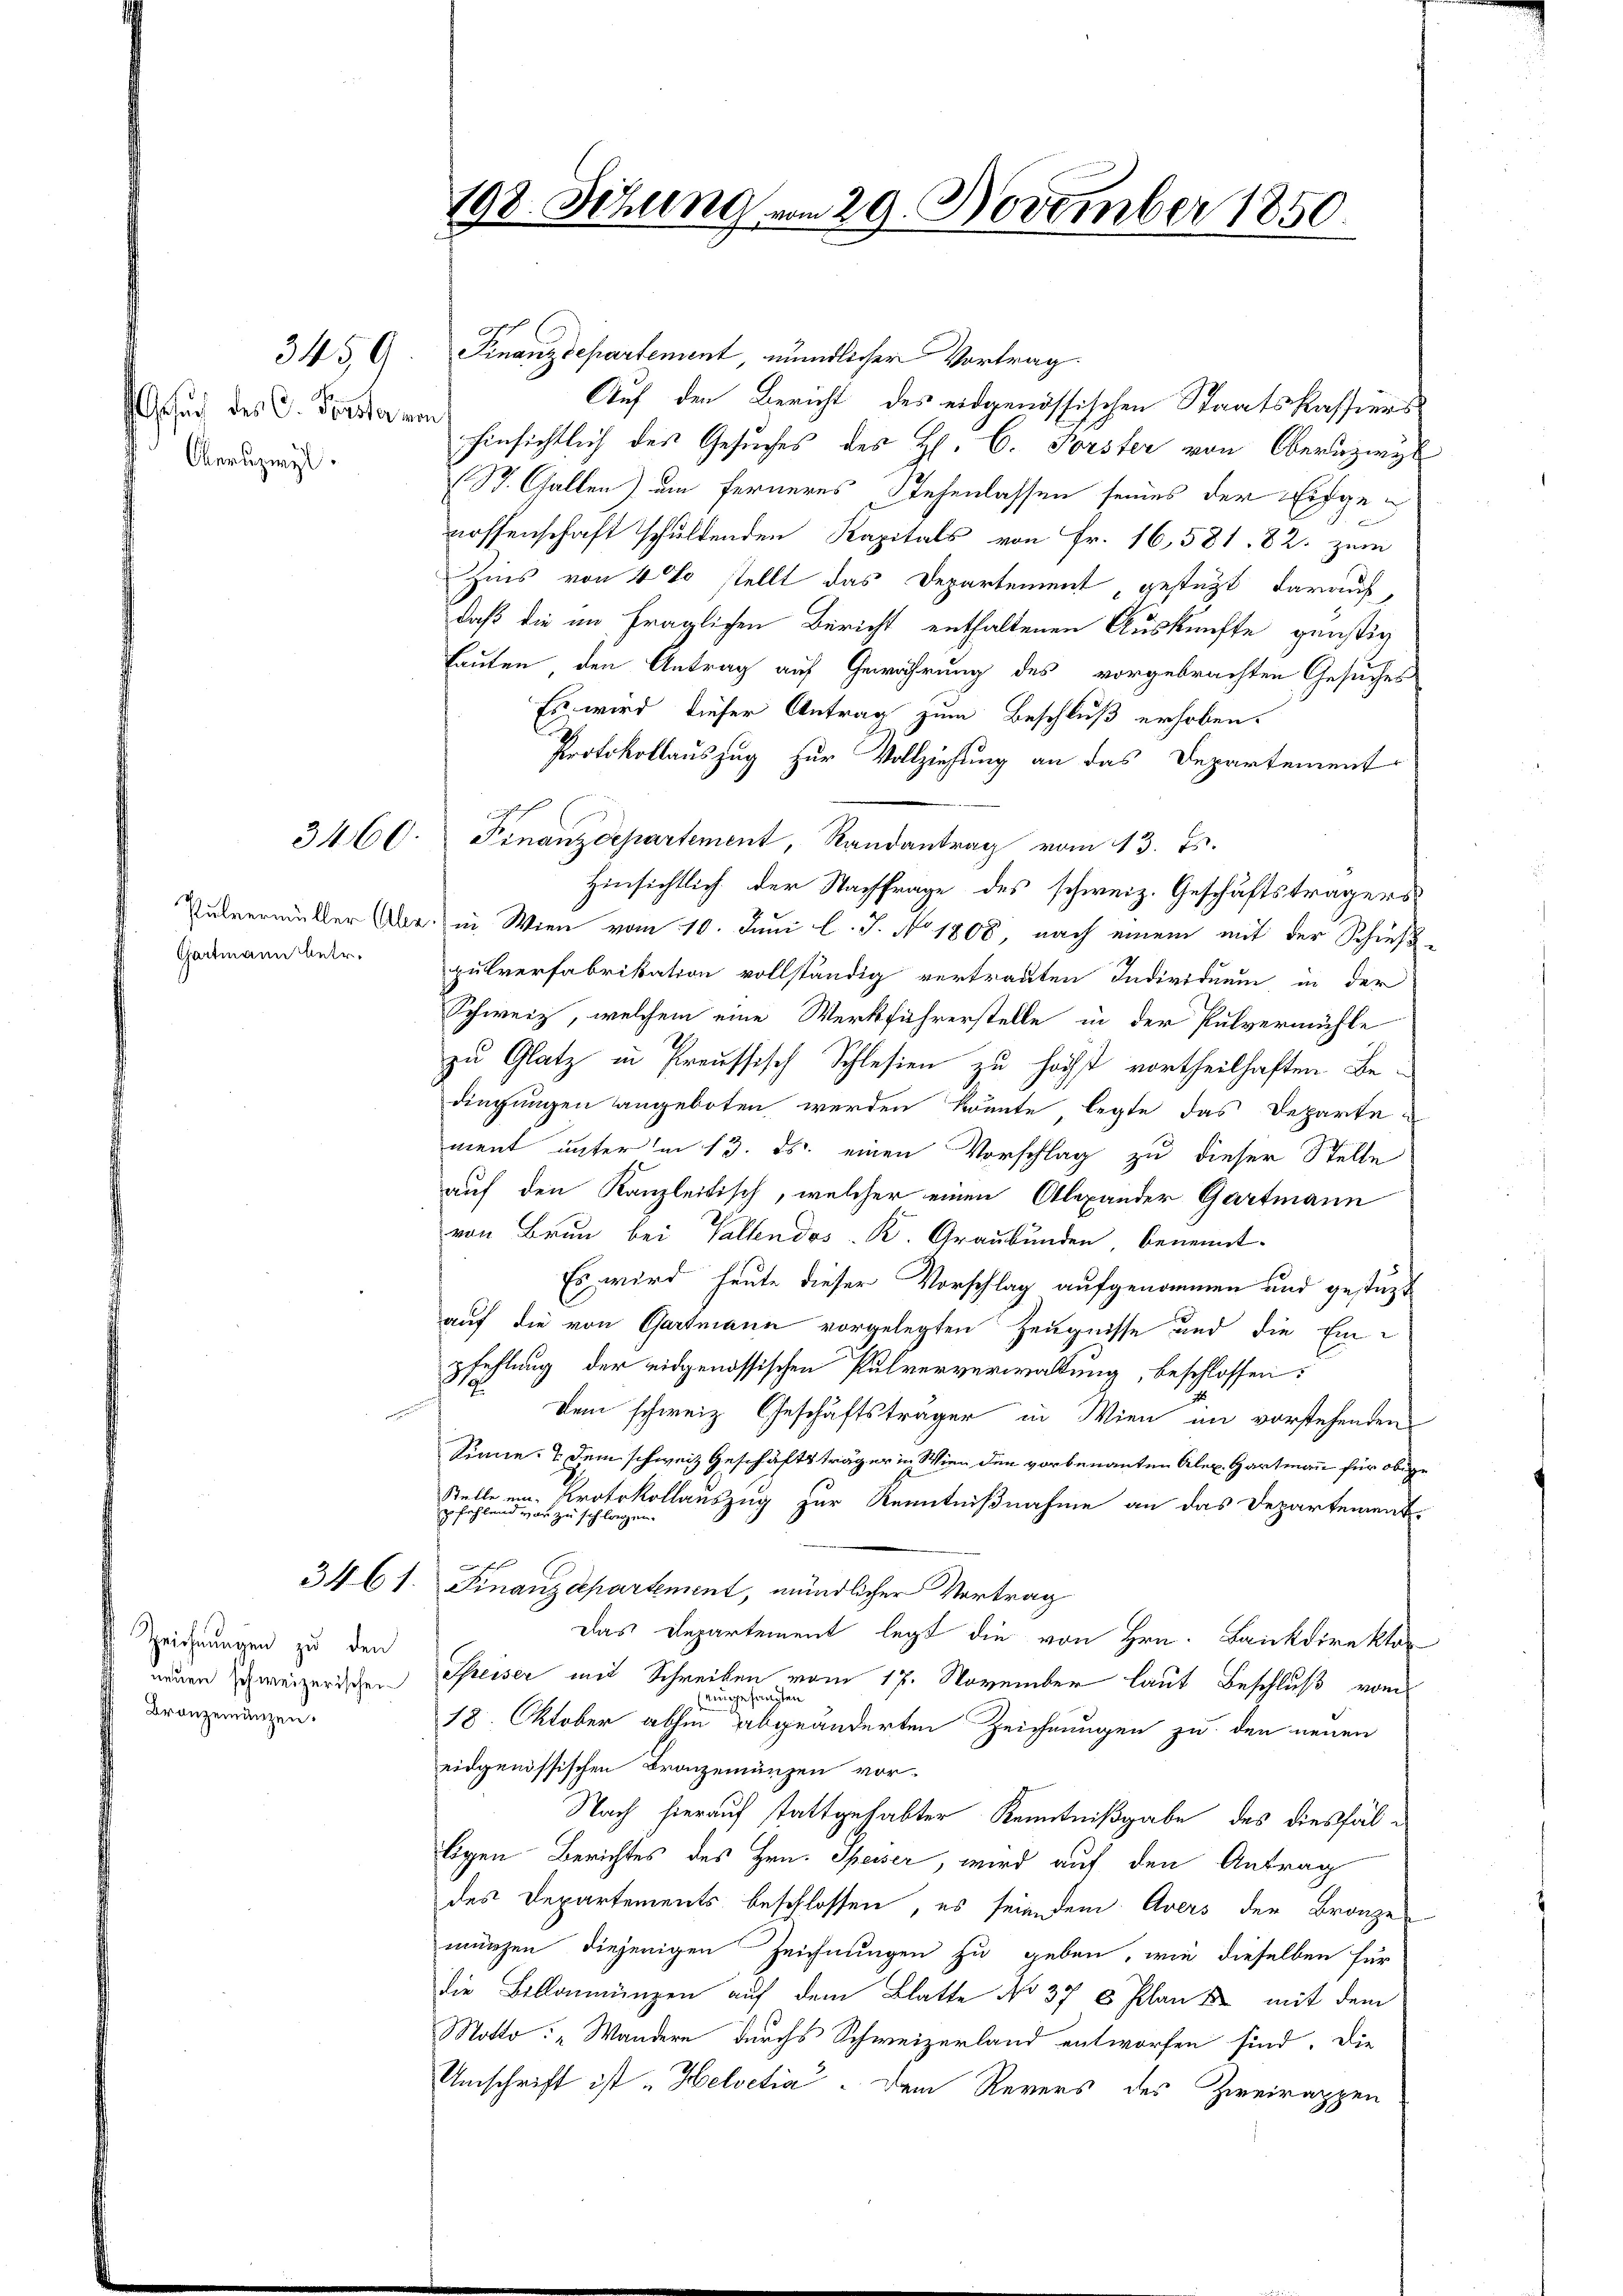
s Gesuch des C. Perster von
Oberuzwyl

Gartmann betr.

Zeichnungen zu den
Bronzeinanzen.

3460.

345, 6. Finanzdepartement, mündlicher Vortrag.
Auf den Bericht des eidgenössischen Staatskassiers
hinsichtlich des Gesuches des H. C. Forster von Oberuzwyl
St. Gallen) um ferneres Stehenlassen seines der Eidgen
nossenschaft schuldenden Kapitals von Fr. 16,581. 82. zum
Zins von 40 stellt das Departement gestützt darauf,
daß die im fraglichen Bericht enthaltenen Auskünfte günstig
lauten den Antrag auf Gewährung des vorgebrachten Gesuches
Es wird dieser Antrag zum Beschluß erhoben.
Protokollauszug zur Vollziehung an das Departement
Finanzdepartement, Randantrag vom 13. Js.
Hinsichtlich der Nachfrage des schweiz. Geschäftsträgers
Pulvermüller Aber in Wien vom 10. Juni l. J. No. 1808, nach einem mit der Schieß-
pulverfabrikation vollständig vertrauten Individuum, in der
Schweiz, welchem eine Werkführerstelle in der Pulvermühle
zu Glatz in Preussisch Schlesien zu höchst vortheilhaften Bedingungen angeboten werden könnte, legte das Departe
ment unter in 13. ds. einen Vorschlag zu dieser Stelle
auf den Kanzleitisch, welcher einen Alexander Gartmann
von Brun bei Vallendos - K. Graubünden, benennt-
5
Es wird heute dieser Vorschlag aufgenommen und gestüzt
auf die von Gartmann vorgelegten Zeugnisse und die Einpfehlung der eidgenössischen Pulververwaltung, beschlossen:
dem schweiz. Geschäftsträger in Wien im vorstehenden
Sinne & dem schweiz Geschäftsträger in Wien den vorbenannten Alex. Hartmann für obige
Stelle ein Protokollauszug zur Kenntnißnahme an das Departementpfehlend von zu schlagen.
iffe |
3461. Finanzdepartement, mündlicher Vortrag
Das Departement legt die von Hrn. Bankdirektor
neuen schweizerischen Preiser mit Schreiben vom 17. November laut Beschluß vom
(eingefängten
18. Oktober abhin abgeänderten Zeichnungen zu den neuen
eidgenössischen Bronzemünzen vor¬
Nach hierauf stattgehabter Kenntnißgabe des diesfälligen Berichtes des Hrn. Speiser, wird auf den Antrag
des Departements beschlossen, es seien dem Avers der Bronze
münzen diejenigen Zeichnungen zu geben, wie dieselben für
die Bellanmünzen auf dem Blatte No 37 8 Plan & mit dem
Notto: „Wandern durchs Schweizerland entworfen sind. Die
Umschrift ist „Helvetia. Dem Revers des Zweirappen

198. Sitzung vom 29. November 1850.

2